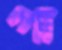
পা